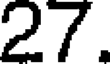
27.